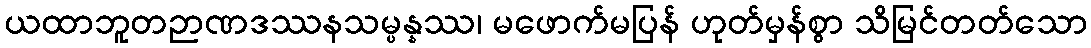
ယထာဘူတဉာဏဒဿနသမ္ပန္နဿ၊ မဖောက်မပြန် ဟုတ်မှန်စွာ သိမြင်တတ်သော